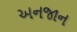
અનજાન